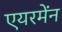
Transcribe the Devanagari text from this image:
एयरमेंन